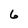
Character: 6